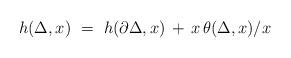
LaTeX: \begin{align*} h(\Delta,x) \ = \ h(\partial \Delta,x) \, + \, x \, \theta(\Delta,x) / x \end{align*}